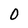
Character: 0